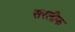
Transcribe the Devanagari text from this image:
सरलीफ